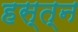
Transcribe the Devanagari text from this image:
हस्त्न